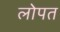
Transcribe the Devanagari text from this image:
लोपत